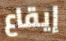
إيقاع